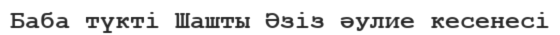
Баба түкті Шашты Әзіз әулие кесенесі